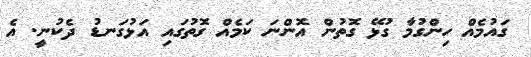
ގައުމެއް ހިންގުމާ ގުޅޭ ގޮތުން އޮންނަ ކަމެއް ގޮތުގައި އަޅުގަނޑު ދެކުނީ. އެ